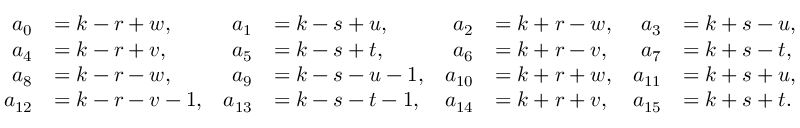
\begin{array} { r l r l r l r l } { a _ { 0 } } & { = k - r + w , } & { a _ { 1 } } & { = k - s + u , } & { a _ { 2 } } & { = k + r - w , } & { a _ { 3 } } & { = k + s - u , } \\ { a _ { 4 } } & { = k - r + v , } & { a _ { 5 } } & { = k - s + t , } & { a _ { 6 } } & { = k + r - v , } & { a _ { 7 } } & { = k + s - t , } \\ { a _ { 8 } } & { = k - r - w , } & { a _ { 9 } } & { = k - s - u - 1 , } & { a _ { 1 0 } } & { = k + r + w , } & { a _ { 1 1 } } & { = k + s + u , } \\ { a _ { 1 2 } } & { = k - r - v - 1 , } & { a _ { 1 3 } } & { = k - s - t - 1 , } & { a _ { 1 4 } } & { = k + r + v , } & { a _ { 1 5 } } & { = k + s + t . } \end{array}